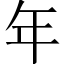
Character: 年